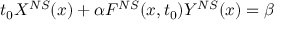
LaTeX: t _ { 0 } X ^ { N S } ( x ) + \alpha F ^ { N S } ( x , t _ { 0 } ) Y ^ { N S } ( x ) = \beta